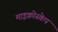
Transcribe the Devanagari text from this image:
माइक्रोस्केप